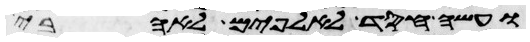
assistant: ועשה חסד לאלפים לאהבי